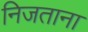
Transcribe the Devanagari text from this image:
निजताना